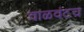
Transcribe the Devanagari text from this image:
वाळवंटच